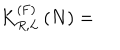
K _ { R , L } ^ { \left( \mathrm { F } \right) } \left( N \right) =